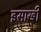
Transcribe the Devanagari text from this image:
इसाखी